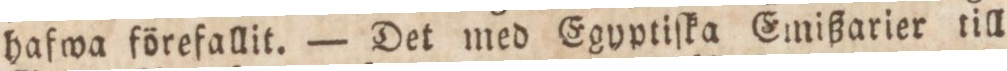
hafwa förefallit. — Det med Egyptiſka Emißarier till